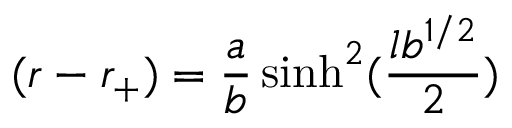
( r - r _ { + } ) = { \frac { a } { b } } \sinh ^ { 2 } ( { \frac { l b ^ { 1 / 2 } } { 2 } } )